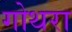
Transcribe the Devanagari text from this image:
गोथरा